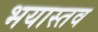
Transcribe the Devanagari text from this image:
भयास्तव